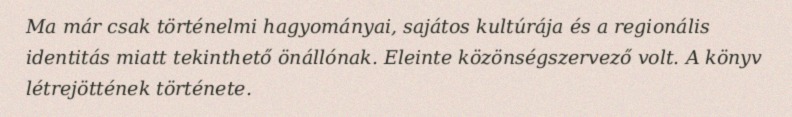
Ma már csak történelmi hagyományai, sajátos kultúrája és a regionális identitás miatt tekinthető önállónak. Eleinte közönségszervező volt. A könyv létrejöttének története.